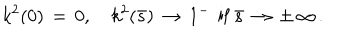
LaTeX: k ^ { 2 } ( 0 ) \, = \, 0 , \quad k ^ { 2 } ( \bar { s } ) \, \to \, 1 ^ { - } \, \mathrm { ~ i f ~ } \bar { s } \, \to \, \pm \, \infty \, { . }